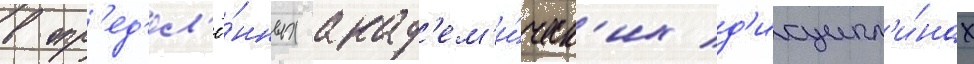
в опр'ед'ел'ё́нных акад'ем'и́ческ'их д'исципл'и́нах